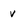
Character: v